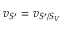
v _ { S ^ { \prime } } = v _ { S ^ { \prime } / S _ { V } }